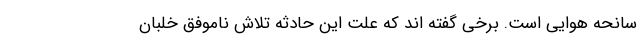
سانحه هوایی است. برخی گفته اند که علت این حادثه تلاش ناموفق خلبان